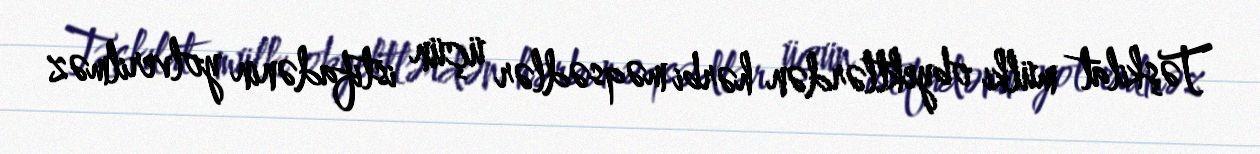
Təşkilat mülki obyektlərdən hərbi məqsədlər üçün istifadənin yolverilməz